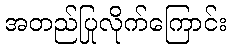
အတည်ပြုလိုက်ကြောင်း